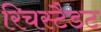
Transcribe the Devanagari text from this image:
रिचस्टैडट